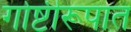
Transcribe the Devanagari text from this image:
गोष्टीरूपात